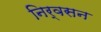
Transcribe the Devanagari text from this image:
निर्वसन